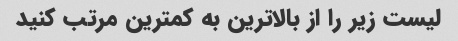
لیست زیر را از بالاترین به کمترین مرتب کنید